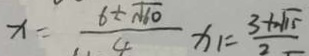
x = \frac { 6 \pm \sqrt { 6 0 } } { 4 } x _ { 1 } = \frac { 3 + \sqrt { 1 5 } } { 2 }